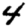
Digit: 4